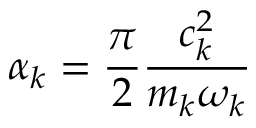
\alpha _ { k } = \frac { \pi } { 2 } \frac { c _ { k } ^ { 2 } } { m _ { k } \omega _ { k } }